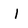
Character: I